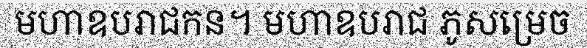
មហាឧបរាជកន។ មហាឧបរាជ ភូសម្រេច